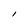
Character: l